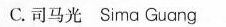
C.司马光 Sima Guang